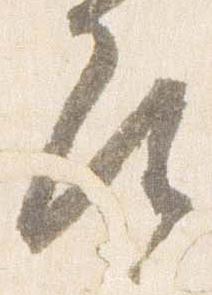
尋